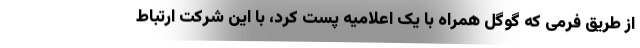
از طریق فرمی که گوگل همراه با یک اعلامیه پست کرد، با این شرکت ارتباط